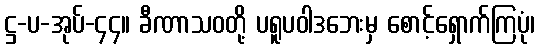
ဋ္ဌ-ပ-အုပ်-၄၄။ ခီဏာသဝတို့ ပရူပဝါဒဘေးမှ စောင့်ရှောက်ကြပုံ၊